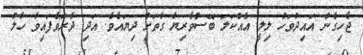
ޖެހިގެން އައިދުވަހު ލިލީ އެއްކަލަ ބޭސްވެރިޔާ ގާތަށް ދިޔައެވެ. އަދި ދެރަވެފައިވާ ހާލު